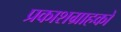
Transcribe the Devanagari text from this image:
प्रकाशग्राहकों